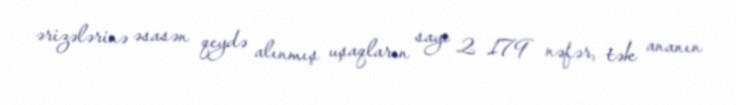
ərizələrinə əsasən qeydə alınmış uşaqların sayı 2 179 nəfər, tək ananın